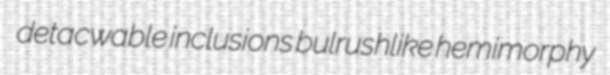
detacwable inclusions bulrushlike hemimorphy